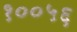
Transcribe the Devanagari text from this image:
१००५६